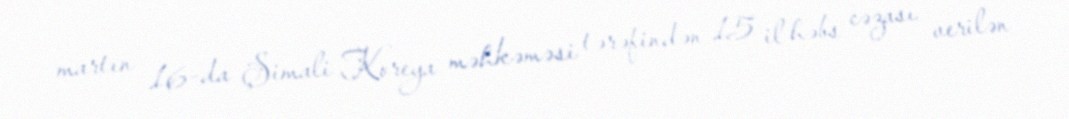
martın 16-da Şimali Koreya məhkəməsi tərəfindən 15 il həbs cəzası verilən